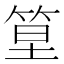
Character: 𥭧